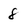
Character: 8